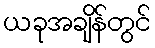
ယခုအချိန်တွင်